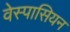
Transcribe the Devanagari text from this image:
वेस्पासियन